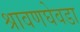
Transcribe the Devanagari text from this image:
श्रावणघेवडा